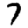
Digit: 7